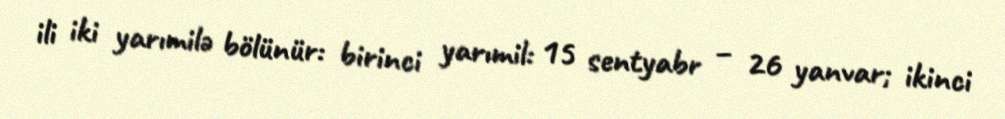
ili iki yarımilə bölünür: birinci yarımil: 15 sentyabr – 26 yanvar; ikinci